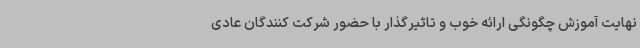
نهایت آموزش چگونگی ارائه خوب و تاثیرگذار با حضور شرکت کنندگان عادی